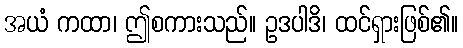
အယံ ကထာ၊ ဤစကားသည်။ ဥဒပါဒိ၊ ထင်ရှားဖြစ်၏။